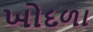
ખોદળા